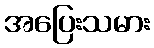
အပြေးသမား